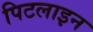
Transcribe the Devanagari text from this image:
पिटलाइन